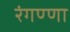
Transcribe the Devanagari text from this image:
रंगण्णा